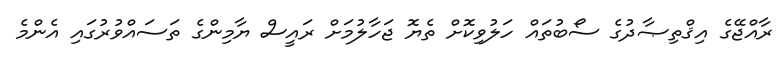
ރާއްޖޭގެ އިޤްތިޞާދުގެ ސޯބުތައް ހަލުވިކޮށް ތެޔޮ ޖަހާލުމަށް ރައީސް ޔާމިންގެ ތަސައްވުރުގައި އެންމެ